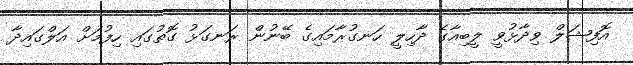
އޮފިޝަލް ވިދާޅުވީ ލީބިއާގެ ދާހިލީ ހަނގުރާމައިގެ ބޭނުން ރަނގަޅު ގޮތުގައި ހިފުމަށް އަލްގައިދާ